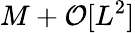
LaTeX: M+\mathcal{O}[L^{2}]